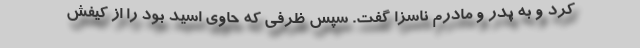
کرد و به پدر و مادرم ناسزا گفت. سپس ظرفی که حاوی اسید بود را از کیفش